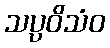
သပ္ပဝိသံဝ